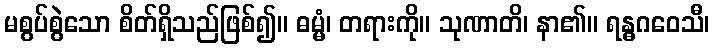
မစွပ်စွဲသော စိတ်ရှိသည်ဖြစ်၍။ ဓမ္မံ၊ တရားကို။ သုဏာတိ၊ နာ၏။ ရန္ဓဂဝေသီ၊